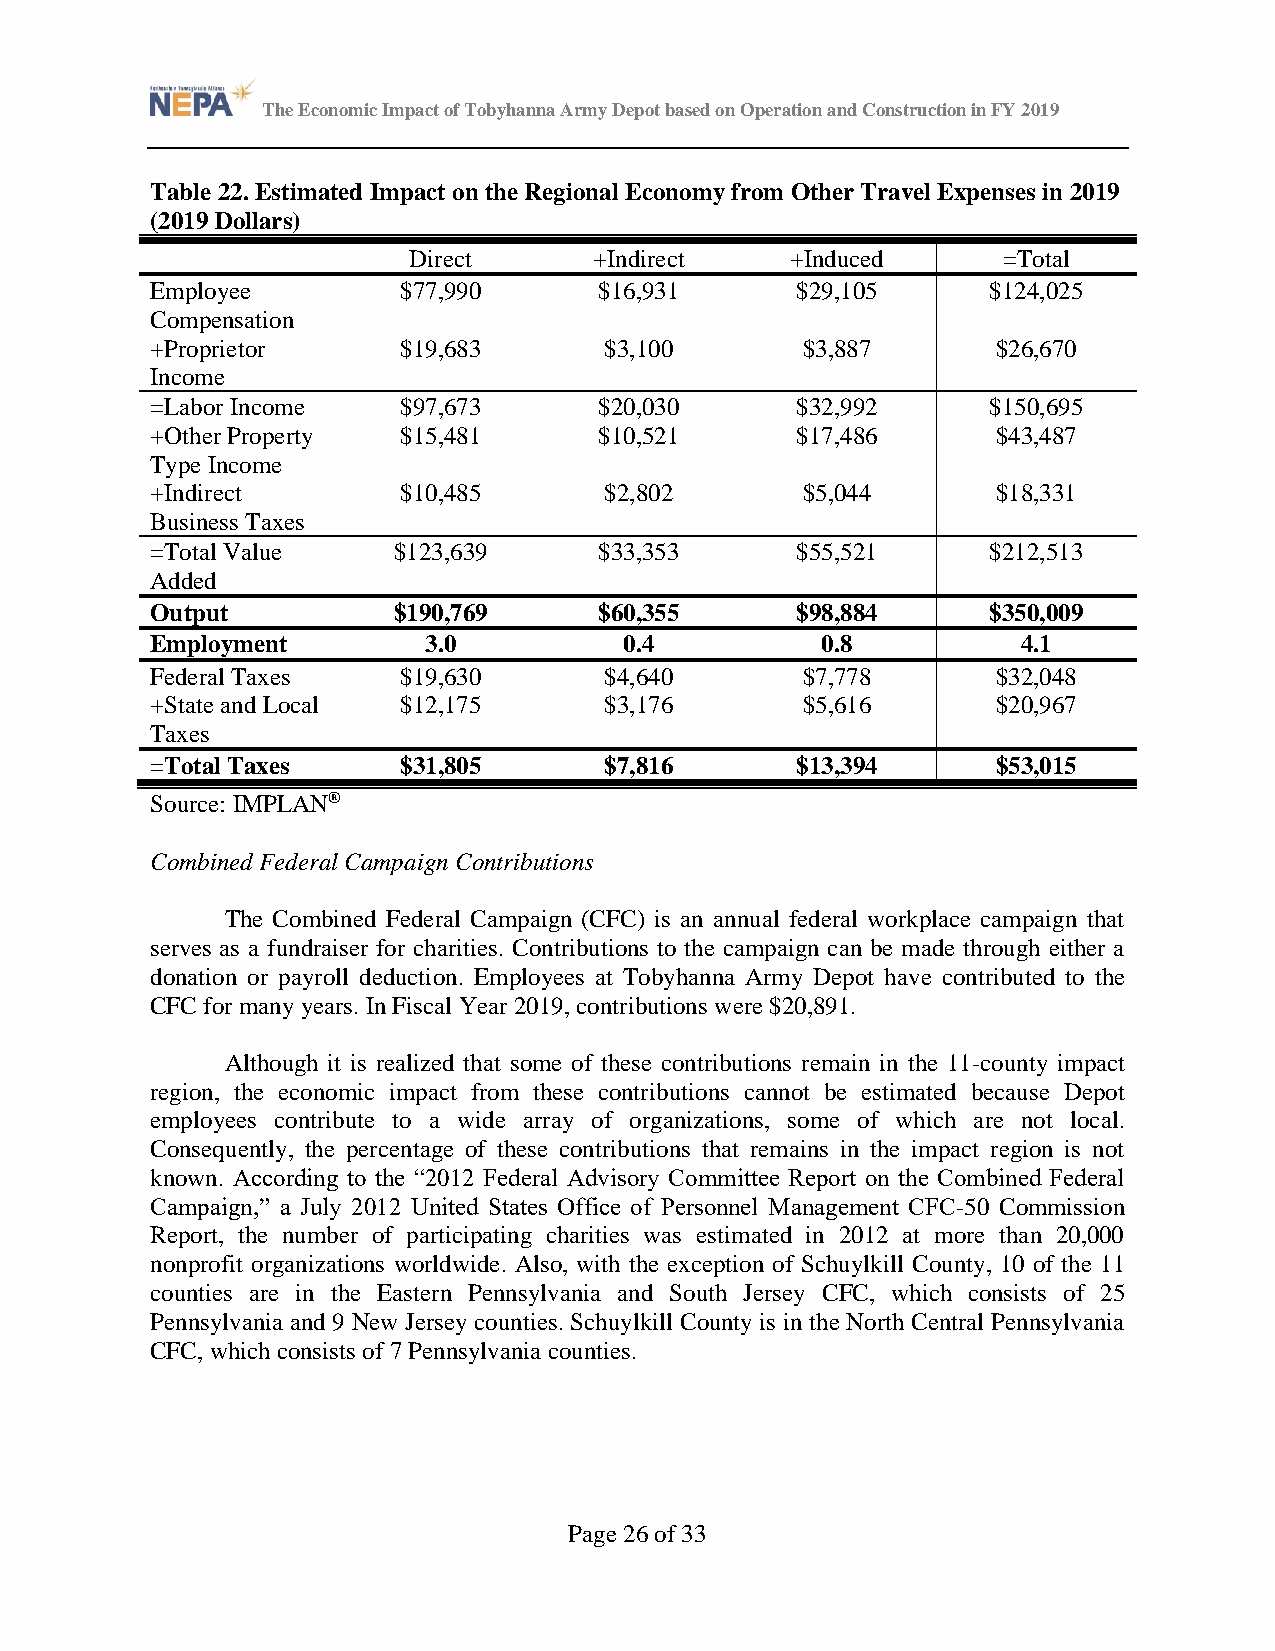
The Economic Impact of Tobyhanna Army Depot based on Operation and Construction in FY 2019
 Table 22. Estimated Impact on the Regional Economy from Other Travel Expenses in 2019
 (2019 Dollars)
 Direct      +Indirect    +Induced      =Total
 Employee        $77,990       $16,931      $29,105      $124,025
 Compensation
 +Proprietor     $19,683       $3,100       $3,887       $26,670
 Income
 =Labor Income   $97,673       $20,030      $32,992      $150,695
 +Other Property $15,481       $10,521      $17,486      $43,487
 Type Income
 +Indirect       $10,485       $2,802       $5,044       $18,331
 Business Taxes
 =Total Value    $123,639      $33,353      $55,521      $212,513
 Added
 Output          $190,769      $60,355      $98,884      $350,009
 Employment        3.0          0.4          0.8           4.1
 Federal Taxes   $19,630       $4,640       $7,778       $32,048
 +State and Local $12,175      $3,176       $5,616       $20,967
 Taxes
 =Total Taxes    $31,805       $7,816       $13,394      $53,015
 Source: IMPLAN®
 Combined Federal Campaign Contributions
 The Combined Federal Campaign (CFC) is an annual federal workplace campaign that
 serves as a fundraiser for charities. Contributions to the campaign can be made through either a
 donation or payroll deduction. Employees at Tobyhanna Army Depot have contributed to the
 CFC for many years. In Fiscal Year 2019, contributions were $20,891.
 Although it is realized that some of these contributions remain in the 11-county impact
 region, the economic impact from these contributions cannot be estimated because Depot
 employees contribute to a wide array of organizations, some of which are not local.
 Consequently, the percentage of these contributions that remains in the impact region is not
 known. According to the “2012 Federal Advisory Committee Report on the Combined Federal
 Campaign,” a July 2012 United States Office of Personnel Management CFC-50 Commission
 Report, the number of participating charities was estimated in 2012 at more than 20,000
 nonprofit organizations worldwide. Also, with the exception of Schuylkill County, 10 of the 11
 counties are in the Eastern Pennsylvania and South Jersey CFC, which consists of 25
 Pennsylvania and 9 New Jersey counties. Schuylkill County is in the North Central Pennsylvania
 CFC, which consists of 7 Pennsylvania counties.
 Page 26 of 33